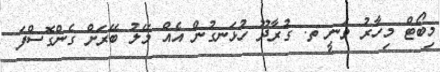
މިބޯޓް މިހާރު ވަނީ ތ. ގުރާދޫ ހުޅަނގުން އެއް މޭލު ބޭރަށް ގެންގޮސްފަ